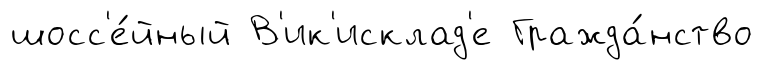
шосс'е́йный В'ик'исклад'е Гражда́нство